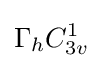
\Gamma _{h}C_{3v}^{1}